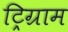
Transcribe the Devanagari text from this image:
ट्रिग्राम